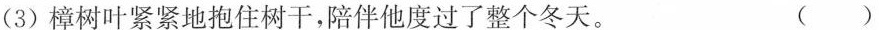
(3)樟树叶紧紧地抱住树干，陪伴他度过了整个冬天。 ()